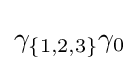
\gamma _{\{1,2,3\}}\gamma _{0}